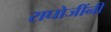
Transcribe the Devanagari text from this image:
राघोजींनी